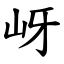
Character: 岈